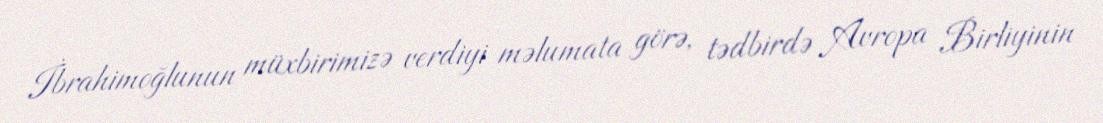
İbrahimoğlunun müxbirimizə verdiyi məlumata görə, tədbirdə Avropa Birliyinin